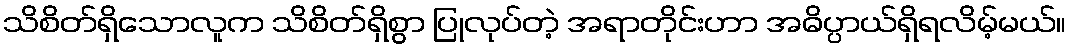
သိစိတ်ရှိသောလူက သိစိတ်ရှိစွာ ပြုလုပ်တဲ့ အရာတိုင်းဟာ အဓိပ္ပာယ်ရှိရလိမ့်မယ်။